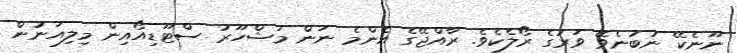
ނޫނެކޭ ނުބުނެވޭ ވަރުގެ ރޯލެކެވެ. ރާއްޖޭގެ އެންމެ ނަން މަޝްހޫރު ސްޓޫޑިއޯއިން މިލިއަނުން